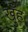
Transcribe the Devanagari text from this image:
खुँह